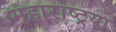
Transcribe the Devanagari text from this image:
महाराष्ट्रया